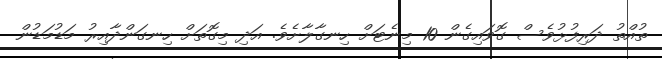
ތުއްތު ދަރިފުޅުވެސް ގޮވައިގެން 10 މިނެޓަށް ހިނގާލާށެވެ. އަދި މިގޮތަށް ހިނގަންދާއިރު މަޑުމަޑުން